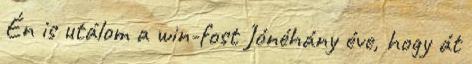
Én is utálom a win-fost Jónéhány éve, hogy át